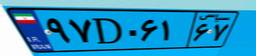
۹۷D۰۶۱۶۷